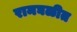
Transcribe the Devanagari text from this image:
रामघळीत